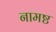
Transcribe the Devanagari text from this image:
नामष्ट